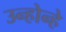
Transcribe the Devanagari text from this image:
उन्होन्हे